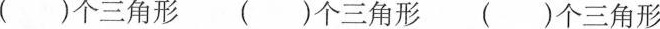
( )个三角形 ( )个三角形 ( )个三角形